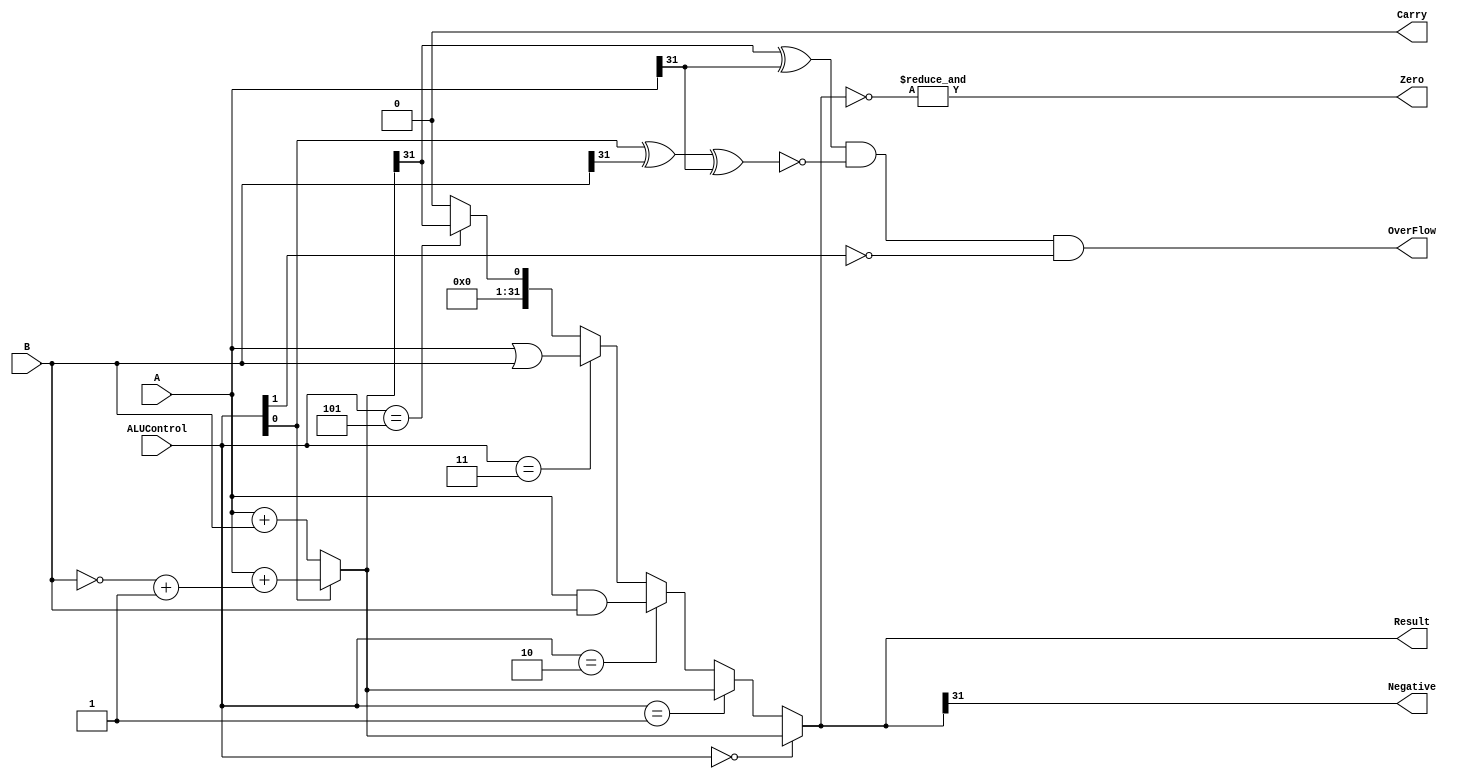
 `timescale 1ns / 1ps
//////////////////////////////////////////////////////////////////////////////////
// Company: 
// Engineer: 
// 
// Design Name: 
// Module Name: ALU
// Project Name: 
// Target Devices: 
// Tool Versions: 
// Description: 
// 
// Dependencies: 
// 
// Revision:
// Revision 0.01 - File Created
// Additional Comments:
// 
//////////////////////////////////////////////////////////////////////////////////



module ALU(A,B,Result,ALUControl,OverFlow,Carry,Zero,Negative);

    input [31:0]A,B;
    input [2:0]ALUControl;
    output Carry,OverFlow,Zero,Negative;
    output [31:0]Result;

    wire Cout;
    wire [31:0]Sum;

    assign Sum = (ALUControl[0] == 1'b0) ? A + B :
                                          (A + ((~B)+1)) ;
    assign {Cout,Result} = (ALUControl == 3'b000) ? Sum :
                           (ALUControl == 3'b001) ? Sum :
                           (ALUControl == 3'b010) ? A & B :
                           (ALUControl == 3'b011) ? A | B :
                           (ALUControl == 3'b101) ? {{32{1'b0}},(Sum[31])} :
                           {33{1'b0}};
    assign OverFlow = ((Sum[31] ^ A[31]) & 
                      (~(ALUControl[0] ^ B[31] ^ A[31])) &
                      (~ALUControl[1]));
    assign Carry = ((~ALUControl[1]) & Cout);
    assign Zero = &(~Result);
    assign Negative = Result[31];

endmodule